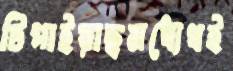
টিপাইয়াছমধ্যেথই